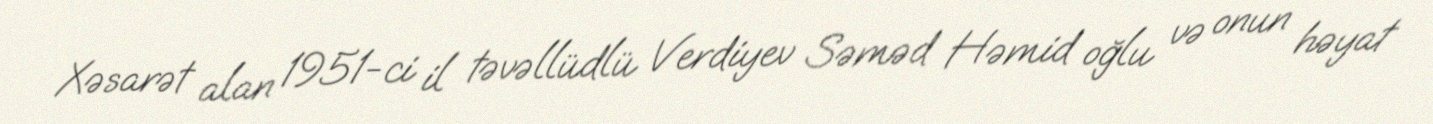
Xəsarət alan 1951-ci il təvəllüdlü Verdiyev Səməd Həmid oğlu və onun həyat